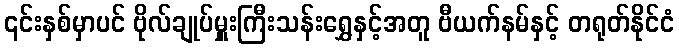
၎င်းနှစ်မှာပင် ဗိုလ်ချုပ်မှူးကြီးသန်းရွှေနှင့်အတူ ဗီယက်နမ်နှင့် တရုတ်နိုင်ငံ